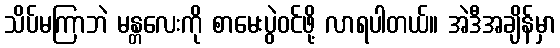
သိပ်မကြာဘဲ မန္တလေးကို စာမေးပွဲဝင်ဖို့ လာရပါတယ်။ အဲဒီအချိန်မှာ